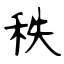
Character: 秩